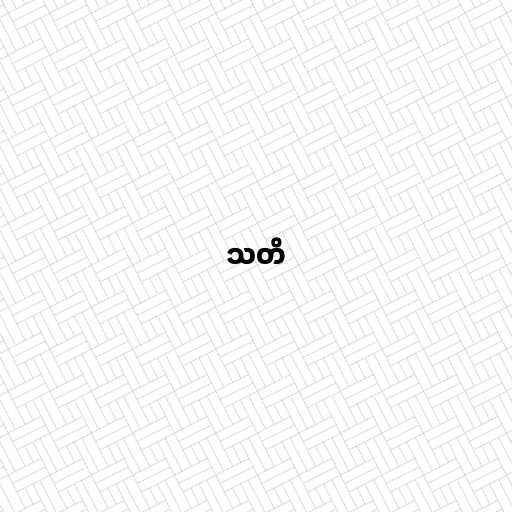
သတိ